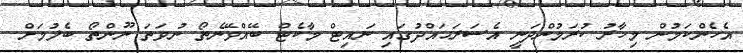
އެހެންކަމުން މިހާރު ކުރަމުންދަނީ އެސަރަޙައްދުގައި ނައިޓް މާކެޓް ބޭއްވޭނެތޯ ނުވަތަ ނޫންތޯ ބެލުމަށް